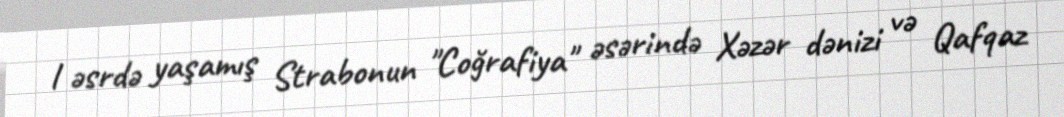
l əsrdə yaşamış Strabonun "Coğrafiya" əsərində Xəzər dənizi və Qafqaz